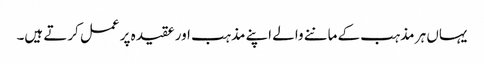
یہاں ہر مذہب کے ماننے والے اپنے مذہب اور عقیدہ پر عمل کرتے ہیں۔